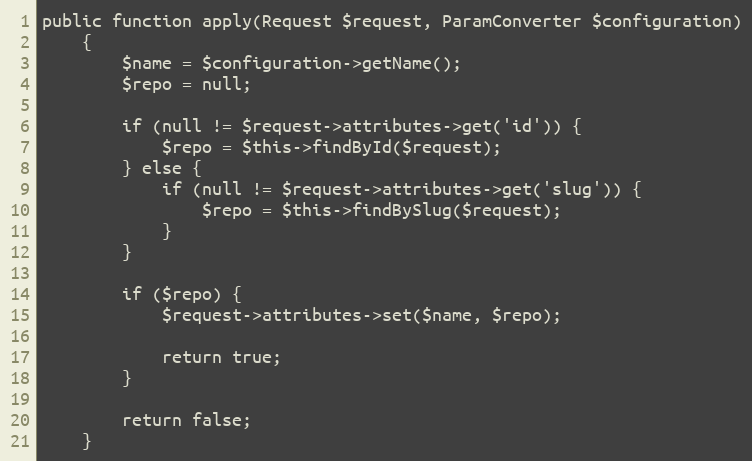
Language: PHP
public function apply(Request $request, ParamConverter $configuration)
    {
        $name = $configuration->getName();
        $repo = null;

        if (null != $request->attributes->get('id')) {
            $repo = $this->findById($request);
        } else {
            if (null != $request->attributes->get('slug')) {
                $repo = $this->findBySlug($request);
            }
        }

        if ($repo) {
            $request->attributes->set($name, $repo);

            return true;
        }

        return false;
    }